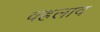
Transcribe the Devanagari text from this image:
वहलाव